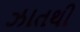
ઝાતથી